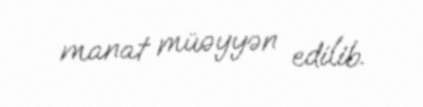
manat müəyyən edilib.